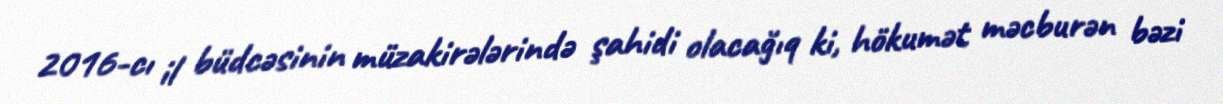
2016-cı il büdcəsinin müzakirələrində şahidi olacağıq ki, hökumət məcburən bəzi